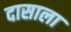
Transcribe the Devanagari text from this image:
दासाला